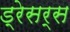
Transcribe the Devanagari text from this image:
ड्रेसर्स